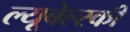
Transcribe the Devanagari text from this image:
ल्यूबेल्स्की